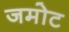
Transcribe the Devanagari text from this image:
जमोट